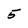
Character: 5